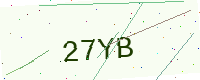
Text: 27YB